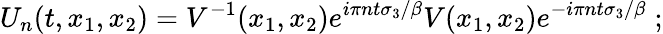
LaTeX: U_{n}(t,x_{1},x_{2})=V^{-1}(x_{1},x_{2})e^{i\pi nt\sigma_{3}/\beta}V(x_{1},x_{2})e^{-i\pi nt\sigma_{3}/\beta}\; ;